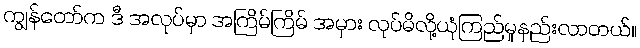
ကျွန်တော်က ဒီ အလုပ်မှာ အကြိမ်ကြိမ် အမှား လုပ်မိလို့ယုံကြည်မှုနည်းလာတယ်။